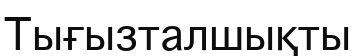
Тығызталшықты